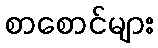
စာစောင်များ